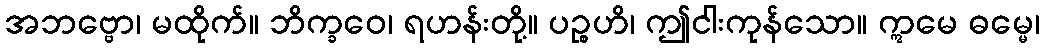
အဘဗ္ဗော၊ မထိုက်။ ဘိက္ခဝေ၊ ရဟန်းတို့။ ပဉ္စဟိ၊ ဤငါးကုန်သော။ ဣမေ ဓမ္မေ၊